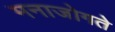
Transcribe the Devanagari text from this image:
मनाजोगते